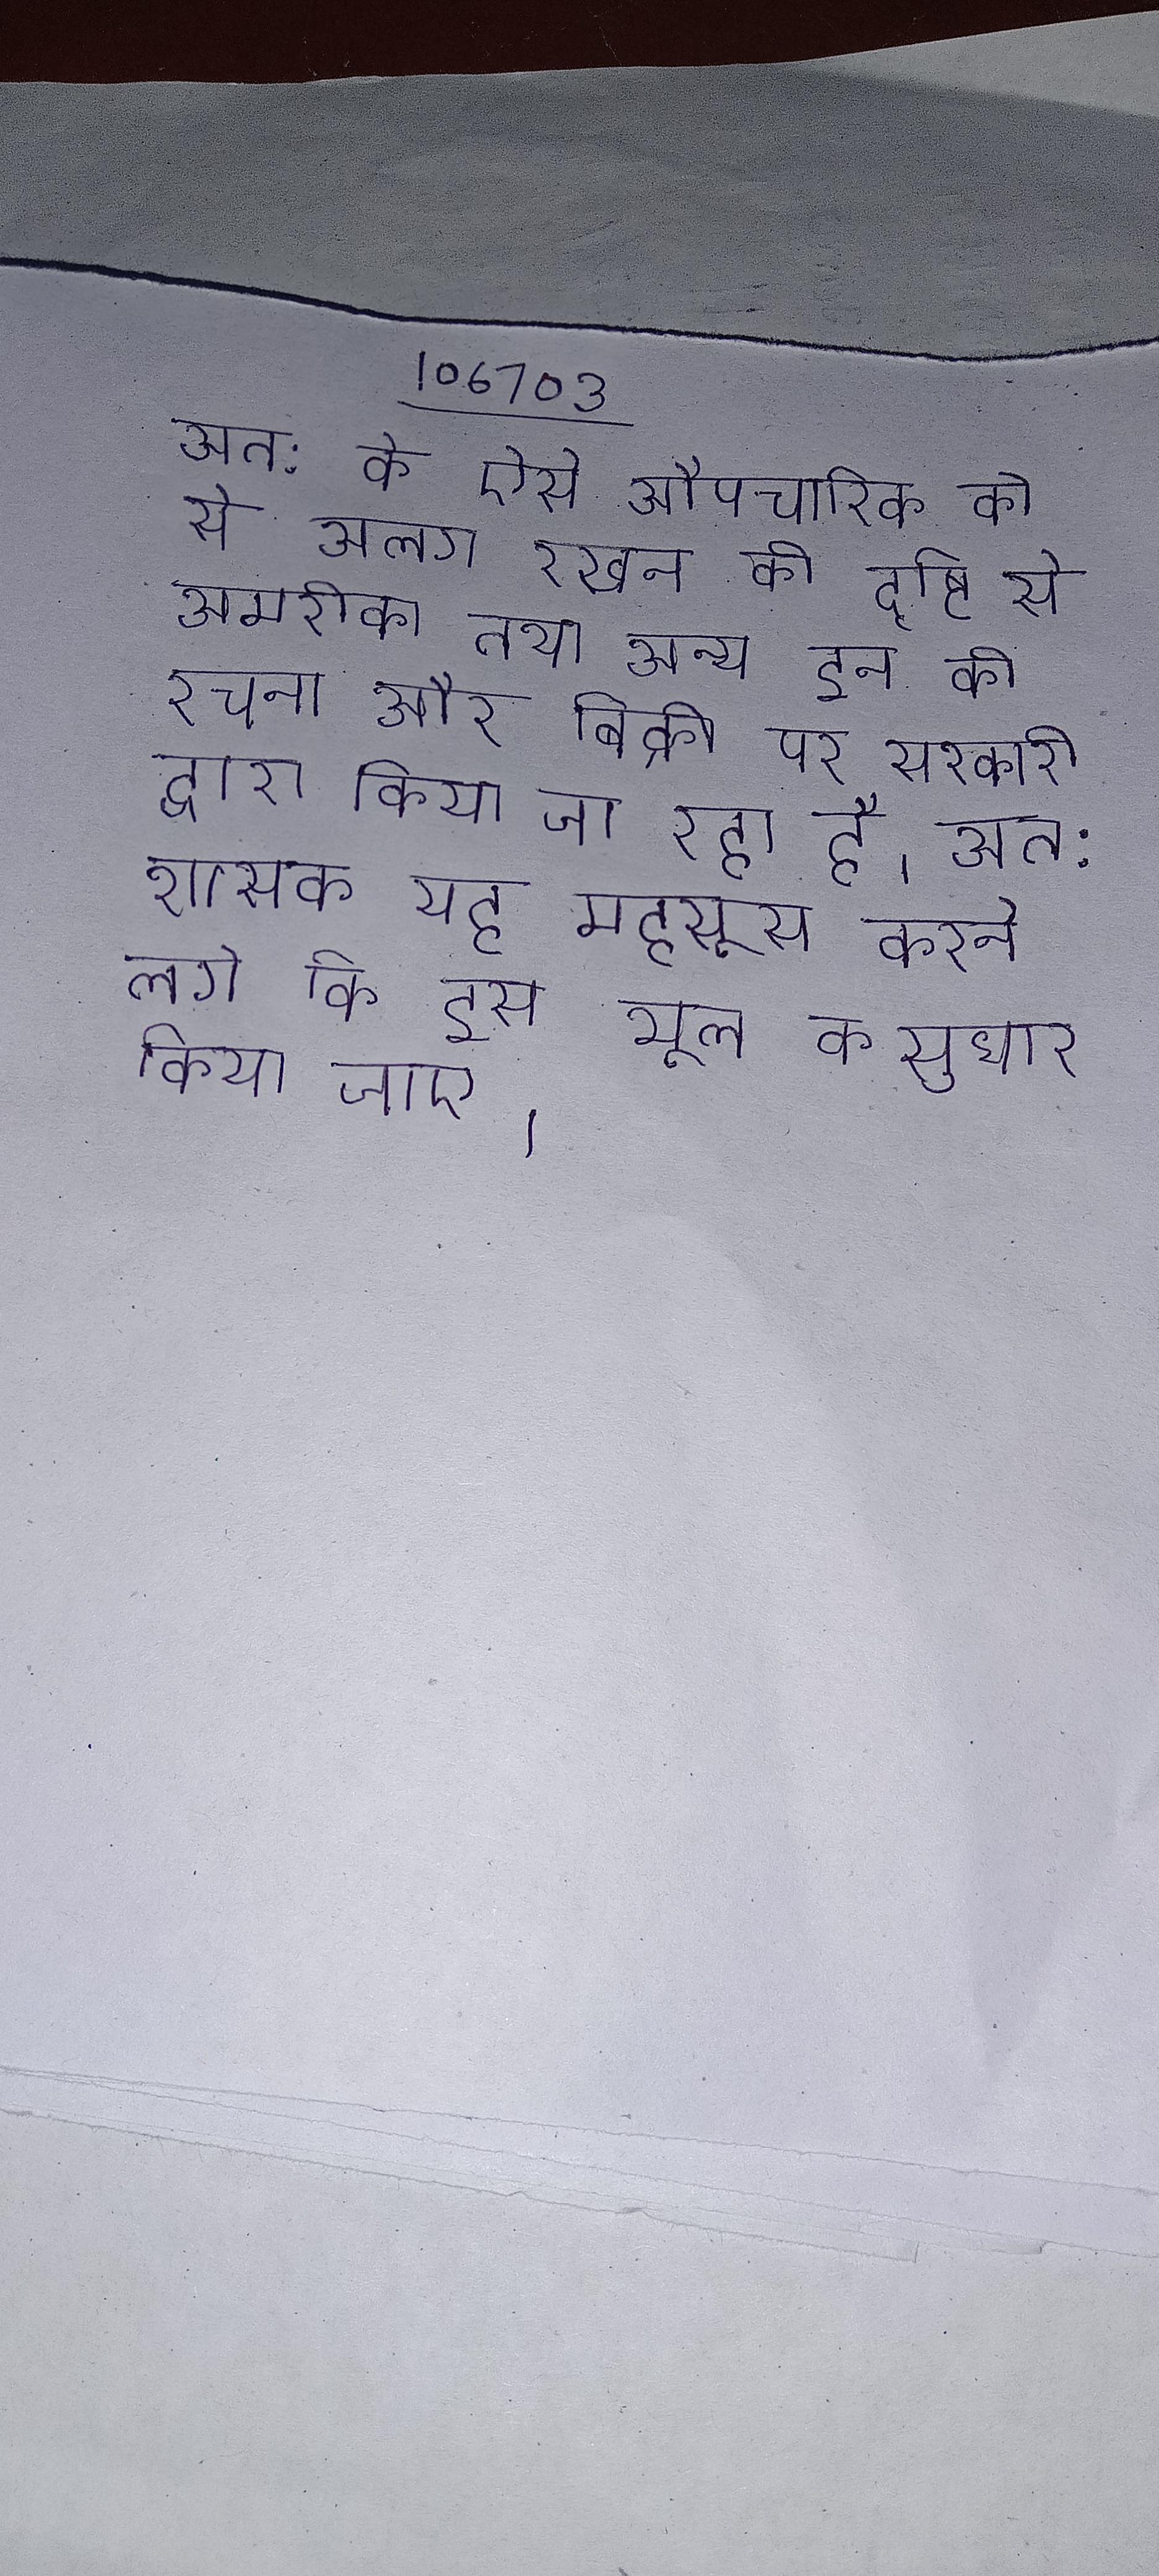
अत: के ऐसे औपचारिक को से अलग रखने की दृष्टि से अमरीका तथा अन्य इन की रचना और बिक्री पर सरकारी द्वारा किया जा रहा है । अत: शासक यह महसूस करने लगे कि इस भूल का सुधार किया जाए ।